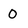
Character: 0